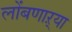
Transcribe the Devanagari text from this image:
लोंबणाऱ्या